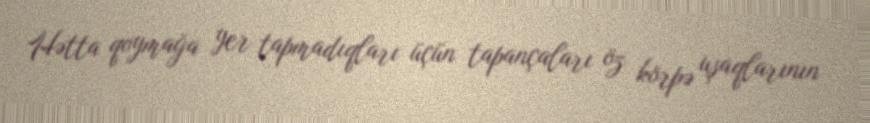
Hətta qoymağa yer tapmadıqları üçün tapançaları öz körpə uşaqlarının